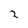
Character: 2